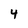
Character: 4